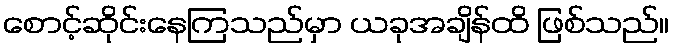
စောင့်ဆိုင်းနေကြသည်မှာ ယခုအချိန်ထိ ဖြစ်သည်။